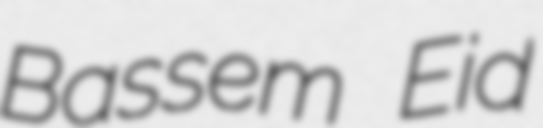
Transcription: Bassem Eid